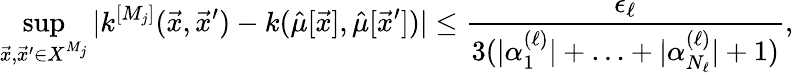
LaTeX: \operatorname*{sup}_{\vec{x},{\vec{x}^{\prime}}\in X^{M_{j}}}|k^{[M_{j}]}(\vec{x},\vec{x}^{\prime})-k(\hat{\mu}[\vec{x}],\hat{\mu}[\vec{x}^{\prime}])|\leq\frac{\epsilon_{\ell}}{3(|\alpha_{1}^{({\ell})}|+\ldots+|\alpha_{{N_{\ell}}}^{({\ell})}|+1)},